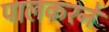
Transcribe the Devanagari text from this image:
पालकरने